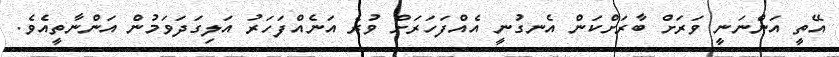
އޭތީ އަންނަނީ ވަރަށް ބާރަށްކަން އެނގުނީ އެއްފަހަރަށް ވުރެ އަނެއްފަހަރު އަލިގަދަވަމުން އަންނާތީއެވެ.